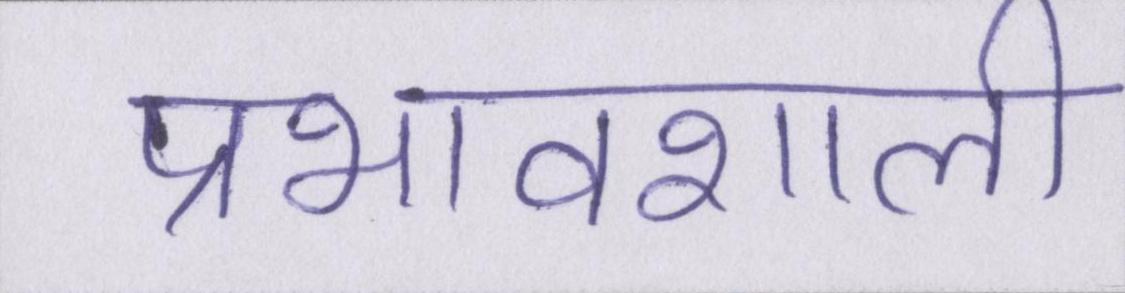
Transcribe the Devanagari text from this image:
प्रभावशाली